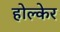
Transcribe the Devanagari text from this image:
होल्केर